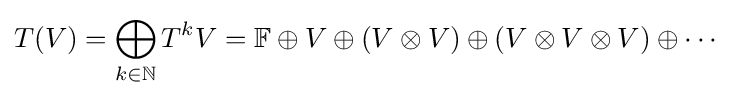
T(V)=\bigoplus _{k\in \mathbb {N} }T^{k}V=\mathbb {F} \oplus V\oplus (V\otimes V)\oplus (V\otimes V\otimes V)\oplus \cdots